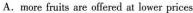
A.more fuis are ffered at lower prices